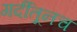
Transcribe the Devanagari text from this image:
गर्दीतूनच